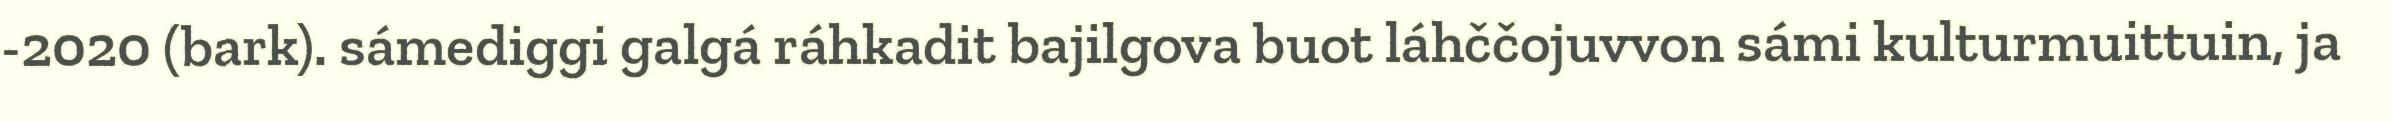
-2020 (bark). sámediggi galgá ráhkadit bajilgova buot láhččojuvvon sámi kulturmuittuin, ja